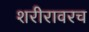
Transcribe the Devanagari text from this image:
शरीरावरच